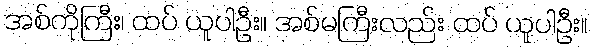
အစ်ကိုကြီး၊ ထပ် ယူပါဦး။ အစ်မကြီးလည်း ထပ် ယူပါဦး။